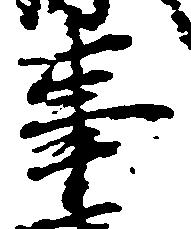
事